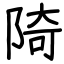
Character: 陭